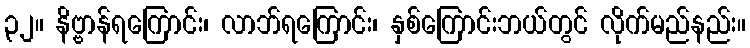
၃၂။ နိဗ္ဗာန်ရကြောင်း၊ လာဘ်ရကြောင်း၊ နှစ်ကြောင်းဘယ်တွင် လိုက်မည်နည်း။